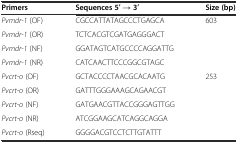
<table><thead><tr><td><b>Primers</b></td><td><b>Sequences 5′ → 3′</b></td><td><b>Size (bp)</b></td></tr></thead><tbody><tr><td><i>Pvmdr-1</i> (OF)</td><td>CGCCATTATAGCCCTGAGCA</td><td rowspan="4">603</td></tr><tr><td><i>Pvmdr-1</i> (OR)</td><td>TCTCACGTCGATGAGGGACT</td></tr><tr><td><i>Pvmdr-1</i> (NF)</td><td>GGATAGTCATGCCCCAGGATTG</td></tr><tr><td><i>Pvmdr-1</i> (NR)</td><td>CATCAACTTCCCGGCGTAGC</td></tr><tr><td><i>Pvcrt-o</i> (OF)</td><td>GCTACCCCTAACGCACAATG</td><td rowspan="5">253</td></tr><tr><td><i>Pvcrt-o</i> (OR)</td><td>GATTTGGGAAAGCAGAACGT</td></tr><tr><td><i>Pvcrt-o</i> (NF)</td><td>GATGAACGTTACCGGGAGTTGG</td></tr><tr><td><i>Pvcrt-o</i> (NR)</td><td>ATCGGAAGCATCAGGCAGGA</td></tr><tr><td><i>Pvcrt-o</i> (Rseq)</td><td>GGGGACGTCCTCTTGTATTT</td></tr></tbody></table>